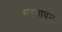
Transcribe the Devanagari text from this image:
सहतावन